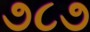
૭૮૭